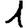
Digit: 1